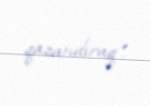
qazandıraq".